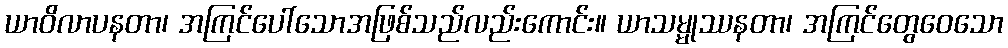
ယာဝိလာပနတာ၊ အကြင်ပေါ်သောအဖြစ်သည်လည်းကောင်း။ ယာသမ္မုဿနတာ၊ အကြင်တွေဝေသော